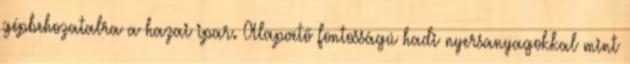
gépbehozatalra a hazai ipar. Alapvető fontosságú hadi nyersanyagokkal mint